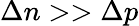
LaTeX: \Delta n>>\Delta p